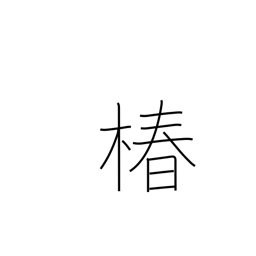
Meaning: camellia